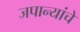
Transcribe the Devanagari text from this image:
जपान्यांचे